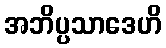
အဘိပ္ပသာဒေဟိ